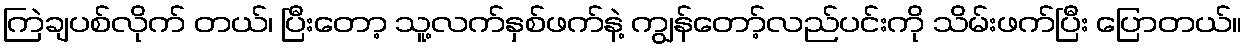
ကြဲချပစ်လိုက် တယ်၊ ပြီးတော့ သူ့လက်နှစ်ဖက်နဲ့ ကျွန်တော့်လည်ပင်းကို သိမ်းဖက်ပြီး ပြောတယ်။